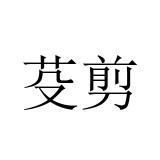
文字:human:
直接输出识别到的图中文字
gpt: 芟剪